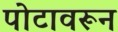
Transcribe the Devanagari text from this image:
पोटावरून